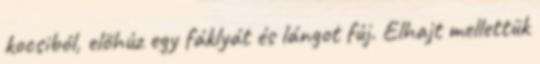
kocsiból, előhúz egy fáklyát és lángot fúj. Elhajt mellettük